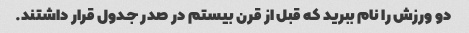
دو ورزش را نام ببرید که قبل از قرن بیستم در صدر جدول قرار داشتند.